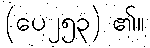
(ပေ၂၅၃) ၏။